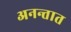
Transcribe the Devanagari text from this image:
अनन्तात